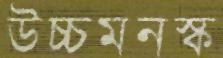
উচ্চমনস্ক